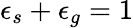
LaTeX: \epsilon_{s}+\epsilon_{g}=1